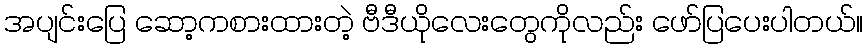
အပျင်းပြေ ဆော့ကစားထားတဲ့ ဗီဒီယိုလေးတွေကိုလည်း ဖော်ပြပေးပါတယ်။